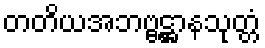
တတိယအဘဗ္ဗဋ္ဌာနသုတ္တံ